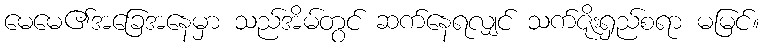
မေမေ၏အခြေအနေမှာ သည်အိမ်တွင် ဆက်နေရလျှင် သက်ဇိုးရှည်စရာ မမြင်။